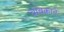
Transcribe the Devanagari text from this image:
चाबकाने